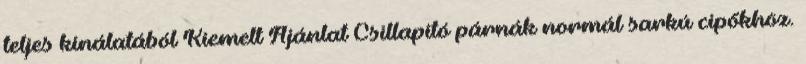
teljes kínálatából Kiemelt Ajánlat Csillapító párnák normál sarkú cipőkhöz.